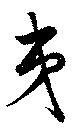
弟